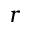
\boldsymbol { r }